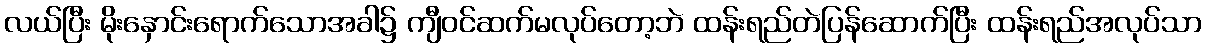
လယ်ပြီး မိုးနှောင်းရောက်သောအခါ၌ ကျီဝင်ဆက်မလုပ်တော့ဘဲ ထန်းရည်တဲပြန်ဆောက်ပြီး ထန်းရည်အလုပ်သာ